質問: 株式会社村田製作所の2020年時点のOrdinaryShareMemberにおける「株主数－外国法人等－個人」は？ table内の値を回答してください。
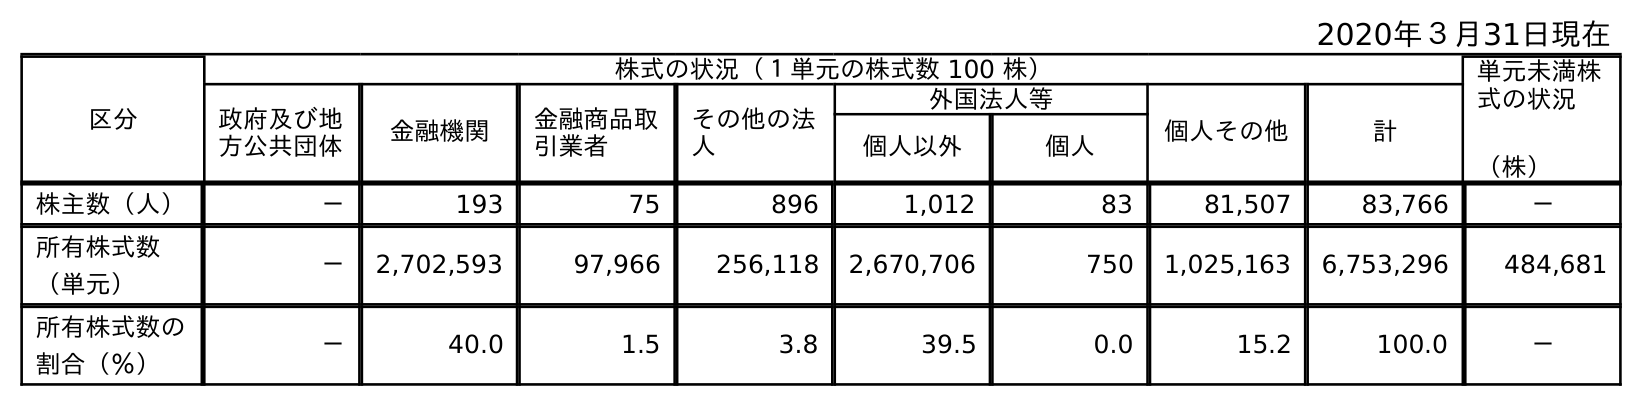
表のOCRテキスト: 2020年３月31日現在 区分 株式の状況（１単元の株式数 100 株） 単元未満株 式の状況 （株） 政府及び地 方公共団体 金融機関 金融商品取 引業者 その他の法 人 外国法人等 個人その他 計 個人以外 個人 株主数（人） － 193 75 896 1,012 83 81,507 83,766 － 所有株式数 （単元） － 2,702,593 97,966 256,118 2,670,706 750 1,025,163 6,753,296 484,681 所有株式数の 割合（％） － 40.0 1.5 3.8 39.5 0.0 15.2 100.0 －
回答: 83